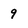
Character: 9